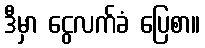
ဒီမှာ ငွေလက်ခံ ပြေစာ။